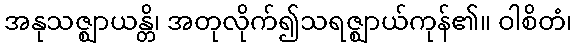
အနုသဇ္ဈာယန္တိ၊ အတုလိုက်၍သရဇ္ဈာယ်ကုန်၏။ ဝါစိတံ၊